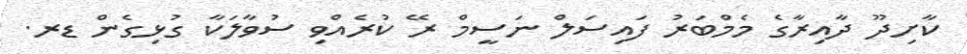
ކާށިދޫ ދާއިރާގެ މެމްބަރު ފައިސަލް ނަސީމް ރޭ ކުރެއްވި ސުވާލަކާ ގުޅިގެން ޑރ.